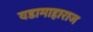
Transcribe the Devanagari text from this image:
वडामाहाराज